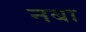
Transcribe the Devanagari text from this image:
नबा